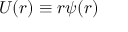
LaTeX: U ( r ) \equiv r \psi ( r )